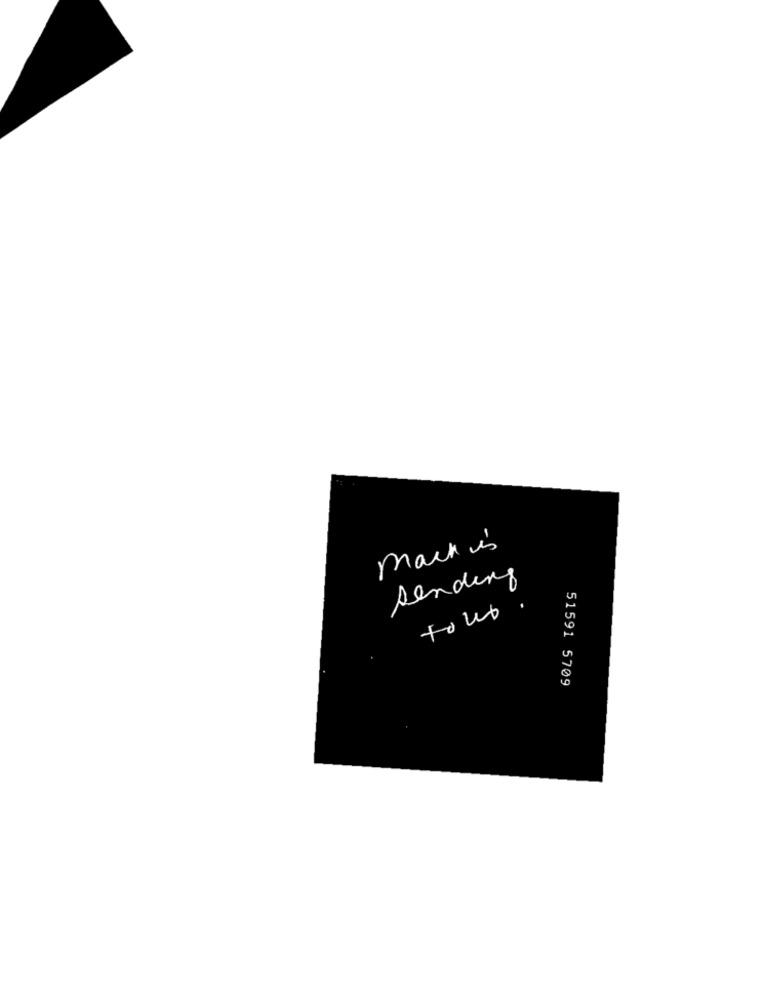
mark is
sending
tout.
51591 5709